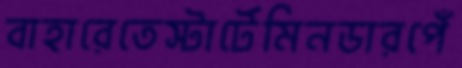
বাহারেতেস্টার্টেমিনডারপেঁ